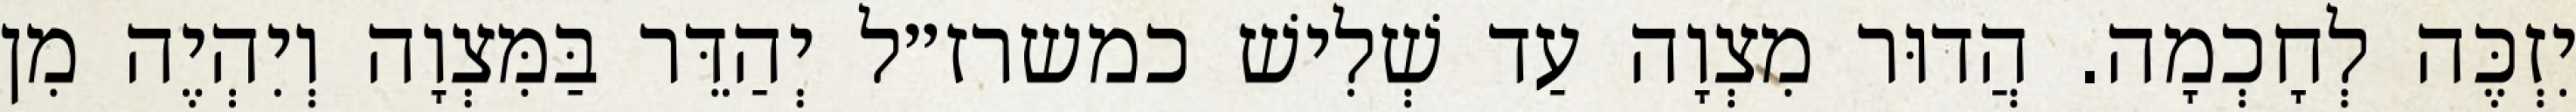
יִזְכֶּה לְחָכְמָה. הֲדוּר מִצְוָה עַד שְׁלִישׁ כמשרז״ל יְהַדֵּר בַּמִּצְוָה וְיִהְיֶה מִן